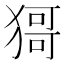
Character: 𤠙